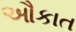
ઔકાત